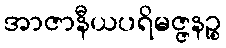
အာဇာနီယပရိမဇ္ဇနဉ္စ